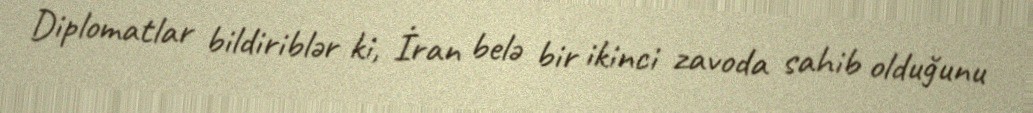
Diplomatlar bildiriblər ki, İran belə bir ikinci zavoda sahib olduğunu